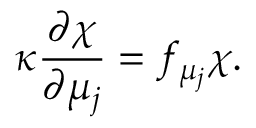
\kappa \frac { \partial \chi } { \partial \mu _ { j } } = f _ { \mu _ { j } } \chi .